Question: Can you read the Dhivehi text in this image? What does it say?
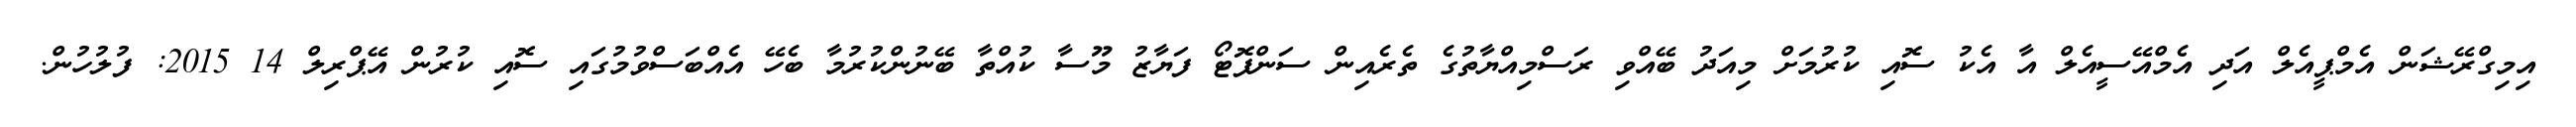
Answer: އިމިގްރޭޝަން އެމްޕީއެލް އަދި އެމްއޭސީއެލް އާ އެކު ސޮއި ކުރުމަށް މިއަދު ބޭއްވި ރަސްމިއްޔާތުގެ ތެރެއިން ސަންފޮޓޯ ފަޔާޒު މޫސާ ކުއްތާ ބޭނުންކުރުމާ ބެހޭ އެއްބަސްވުމުގައި ސޮއި ކުރުން އޭޕްރިލް 14 2015: ފުލުހުން.